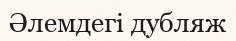
Әлемдегі дубляж